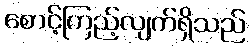
စောင့်ကြည့်လျက်ရှိသည်